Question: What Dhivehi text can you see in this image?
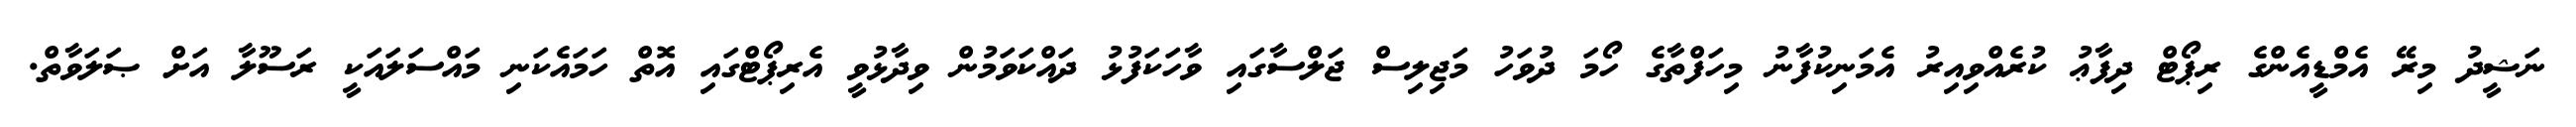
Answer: ނަޝީދު މިރޭ އެމްޑީއެންގެ ރިޕޯޓް ދިފާޢު ކުރެއްވިއިރު އެމަނިކުފާނު މިހަފްތާގެ ހޯމަ ދުވަހު މަޖިލިސް ޖަލްސާގައި ވާހަކަފުޅު ދައްކަވަމުން ވިދާޅުވީ އެރިޕޯޓްގައި އޮތް ހަމައެކަނި މައްސަލައަކީ ރަސޫލާ އަށް ޞަލަވާތް.